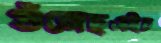
গুঁজেছএইচ